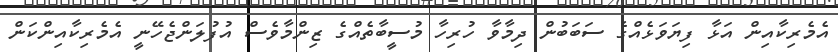
އެމެރިކާއިން އަޅާ ފިޔަވަޅެއްގެ ސަބަބުން ދިމާވާ ހުރިހާ މުސީބާތެއްގެ ޒިންމާވެސް އުފުލަންޖެހޭނީ އެމެރިކާއިންކަން